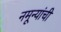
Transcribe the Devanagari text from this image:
नमून्यांची